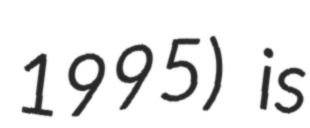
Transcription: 1995) is